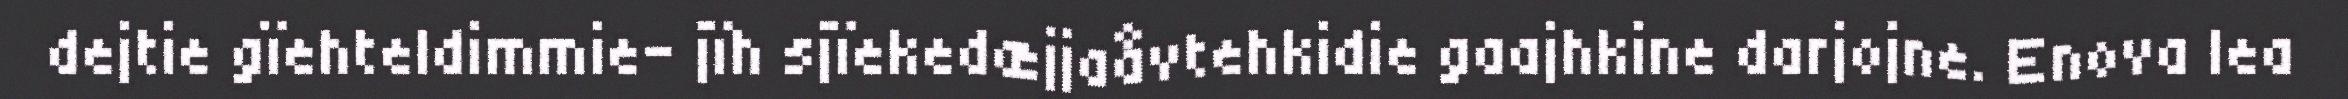
dejtie gïehteldimmie- jïh sjïekedæjjaåvtehkidie gaajhkine darjojne. Enova lea